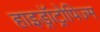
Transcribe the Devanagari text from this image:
हाइड्रॉट्रोपिज्म